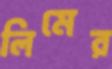
লিমের